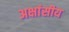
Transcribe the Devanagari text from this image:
अक्षांसीय